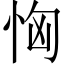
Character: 恟